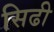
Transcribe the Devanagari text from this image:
सिढी